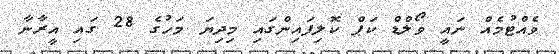
ވެއްޓުމެއް ނައީ ވޯލްޑް ކަޕް ކޮލިފައިންގައި މިދިޔަ މަހުގެ 28 ގައި އީރާނާ